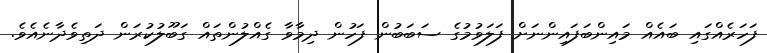
ފަހަރެއްގައި ބައެއް މައިންބަފައިންނަށް ފަލަވުމުގެ ސަބަބުން ފަހުން ދިމާވާ ގެއްލުންތައް ގަބޫލުކުރަން ދަތިވެދާނެއެވެ.